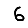
Digit: 6